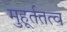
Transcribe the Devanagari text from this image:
मुहूर्ततत्व